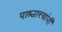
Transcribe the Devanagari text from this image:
पाश्चात्त्यांनी